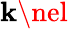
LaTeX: \mathbf{k}\nel